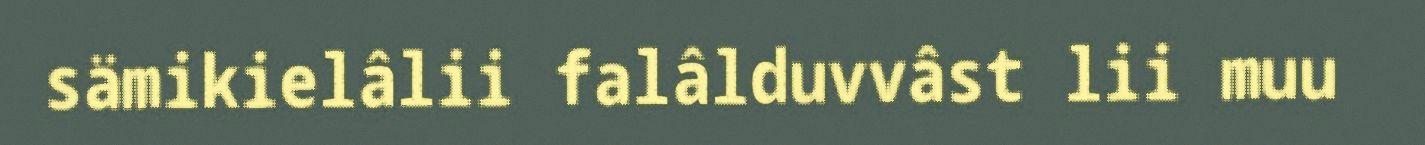
sämikielâlii falâlduvvâst lii muu